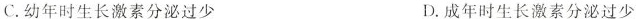
C.幼年时生长激素分泌过少 D.成年时生长激素分泌过少